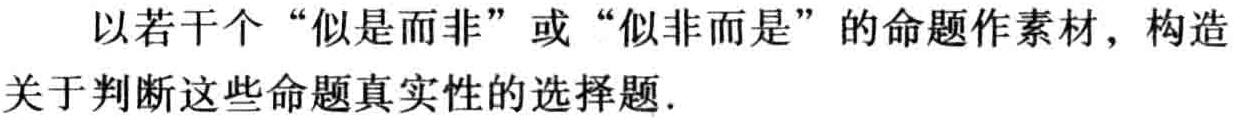
以若干个“似是而非”或“似非而是”的命题作素材，构造关于判断这些命题真实性的选择题.